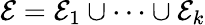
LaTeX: \mathcal{E}=\mathcal{E}_{1}\cup\dots\cup\mathcal{E}_{k}